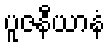
ပူဇနီယာနံ